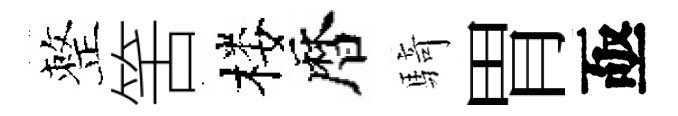
整筈楼暦騎胃亟